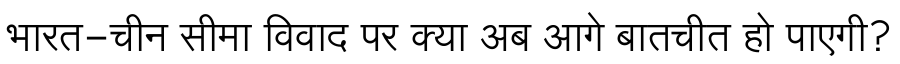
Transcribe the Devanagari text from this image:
भारत-चीन सीमा विवाद पर क्या अब आगे बातचीत हो पाएगी?